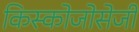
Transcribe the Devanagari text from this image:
किस्कोजोसेजी